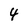
Character: 4